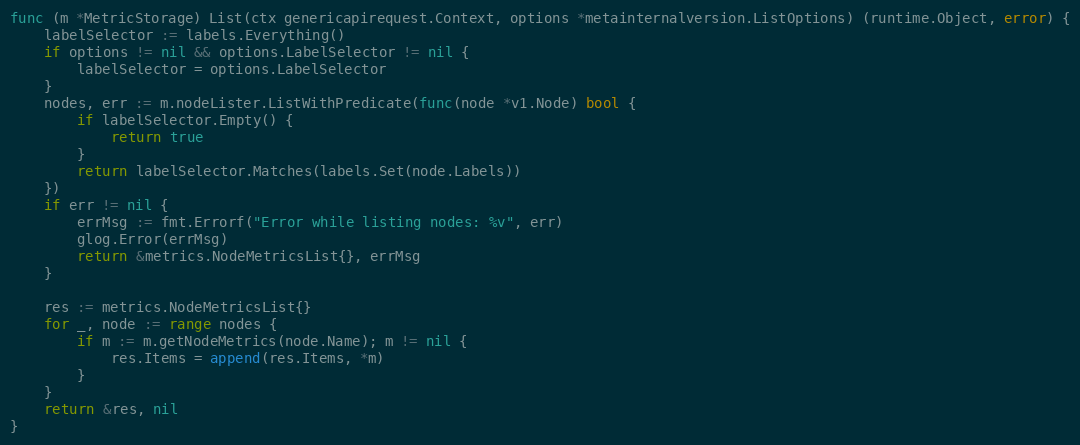
Language: Go
func (m *MetricStorage) List(ctx genericapirequest.Context, options *metainternalversion.ListOptions) (runtime.Object, error) {
	labelSelector := labels.Everything()
	if options != nil && options.LabelSelector != nil {
		labelSelector = options.LabelSelector
	}
	nodes, err := m.nodeLister.ListWithPredicate(func(node *v1.Node) bool {
		if labelSelector.Empty() {
			return true
		}
		return labelSelector.Matches(labels.Set(node.Labels))
	})
	if err != nil {
		errMsg := fmt.Errorf("Error while listing nodes: %v", err)
		glog.Error(errMsg)
		return &metrics.NodeMetricsList{}, errMsg
	}

	res := metrics.NodeMetricsList{}
	for _, node := range nodes {
		if m := m.getNodeMetrics(node.Name); m != nil {
			res.Items = append(res.Items, *m)
		}
	}
	return &res, nil
}